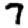
Digit: 7